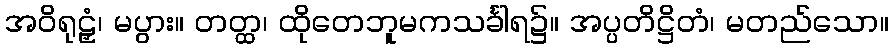
အဝိရုဠှံ၊ မပွား။ တတ္ထ၊ ထိုတေဘူမကသင်္ခါရ၌။ အပ္ပတိဋ္ဌိတံ၊ မတည်သော။